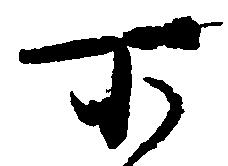
所